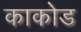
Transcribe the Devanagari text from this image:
काकोड